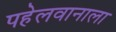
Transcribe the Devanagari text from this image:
पहेलवानाला